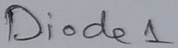
Text: Diode1